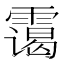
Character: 霭